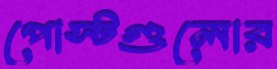
পোস্টগুলোর